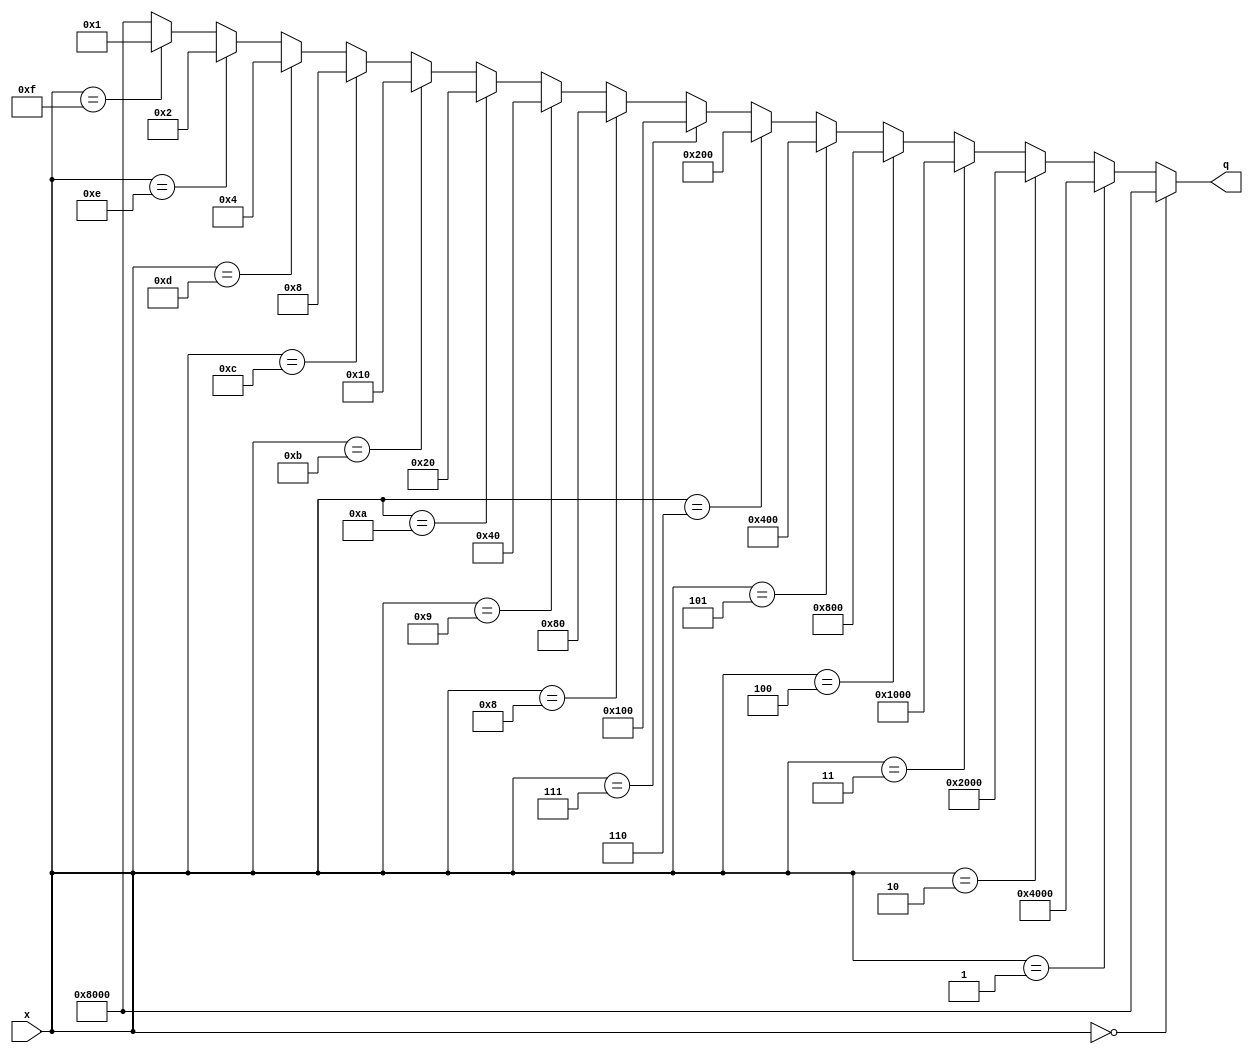
module decoder_4_16 (
input [3:0] x,
output [15:0] q);


reg [15:0] tempQ;
always @(x) begin
 if(x == 4'b0000) begin
	tempQ = 16'b1000_0000_0000_0000;
 end else if(x == 4'b0001) begin
	tempQ = 16'b0100_0000_0000_0000;
 end else if(x == 4'b0010) begin
	tempQ = 16'b0010_0000_0000_0000;
 end else if(x == 4'b0011) begin
	tempQ = 16'b0001_0000_0000_0000;
 end else if(x == 4'b0100) begin
	tempQ = 16'b0000_1000_0000_0000;
 end else if(x == 4'b0101) begin
	tempQ = 16'b0000_0100_0000_0000;
 end else if(x == 4'b0110) begin
	tempQ = 16'b0000_0010_0000_0000;
 end else if(x == 4'b0111) begin
	tempQ = 16'b0000_0001_0000_0000;
 end else if(x == 4'b1000) begin
	tempQ = 16'b0000_0000_1000_0000;
 end else if(x == 4'b1001) begin
	tempQ = 16'b0000_0000_0100_0000;
 end else if(x == 4'b1010) begin
	tempQ = 16'b0000_0000_0010_0000;
 end else if(x == 4'b1011) begin
	tempQ = 16'b0000_0000_0001_0000;
 end else if(x == 4'b1100) begin
	tempQ = 16'b0000_0000_0000_1000;
 end else if(x == 4'b1101) begin
	tempQ = 16'b0000_0000_0000_0100;
 end else if(x == 4'b1110) begin
	tempQ = 16'b0000_0000_0000_0010;
 end else if(x == 4'b1111) begin
	tempQ = 16'b0000_0000_0000_0001;
 end else begin
	tempQ = 16'b1000_0000_0000_0000;
 end
end

assign q = tempQ;

endmodule